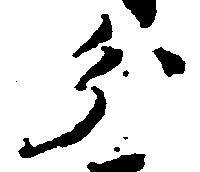
分